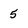
Character: 5